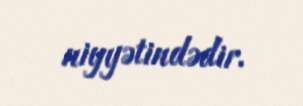
niyyətindədir.